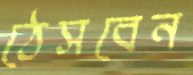
ঠেসবেন